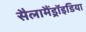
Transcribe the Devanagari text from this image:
सैलामैंड्रॉइडिया